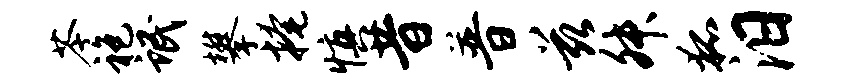
苓袍氓攀掩慎昔普兹舛狐汨